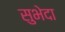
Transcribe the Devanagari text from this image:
सुभेदा